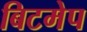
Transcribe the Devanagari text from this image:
बिटमेप